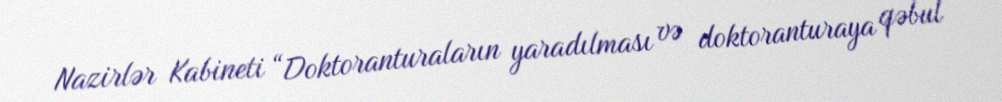
Nazirlər Kabineti “Doktoranturaların yaradılması və doktoranturaya qəbul